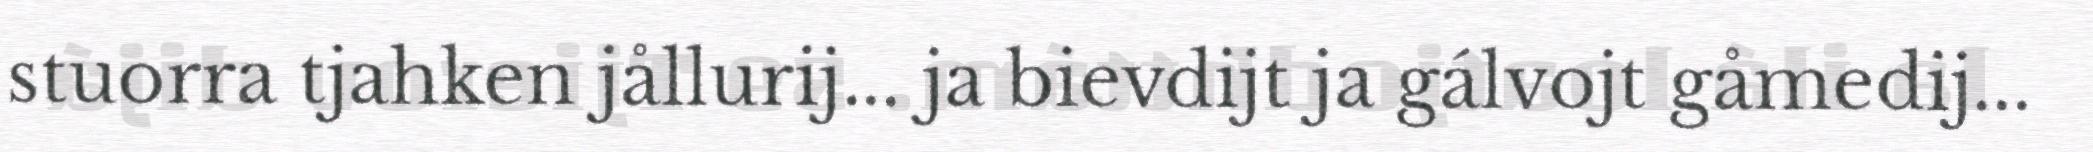
stuorra tjahken jållurij... ja bievdijt ja gálvojt gåmedij...